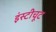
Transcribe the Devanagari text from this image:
इंस्टीचूट